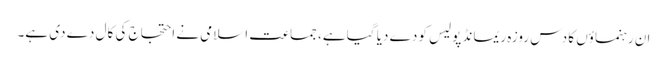
ان رہنماؤں کا دس روزہ ریمانڈ پولیس کو دے دیا گیا ہے، جماعت اسلامی نے احتجاج کی کال دے دی ہے۔